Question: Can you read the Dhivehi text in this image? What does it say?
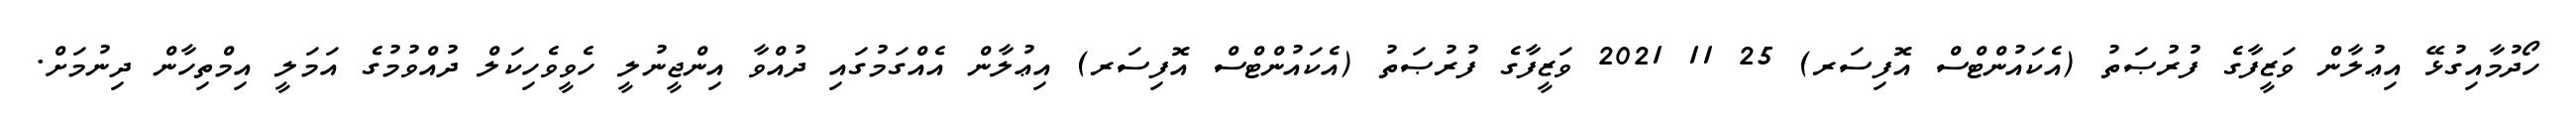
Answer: ހޯދުމާއިގުޅޭ އިޢުލާން ވަޒީފާގެ ފުރުޞަތު (އެކައުންޓްސް އޮފިސަރ) 25 11 2021 ވަޒީފާގެ ފުރުޞަތު (އެކައުންޓްސް އޮފިސަރ) އިޢުލާން އެއްގަމުގައި ދުއްވާ އިންޖީނުލީ ހެވީވެހިކަލް ދުއްވުމުގެ އަމަލީ އިމްތިހާން ދިނުމަށް.